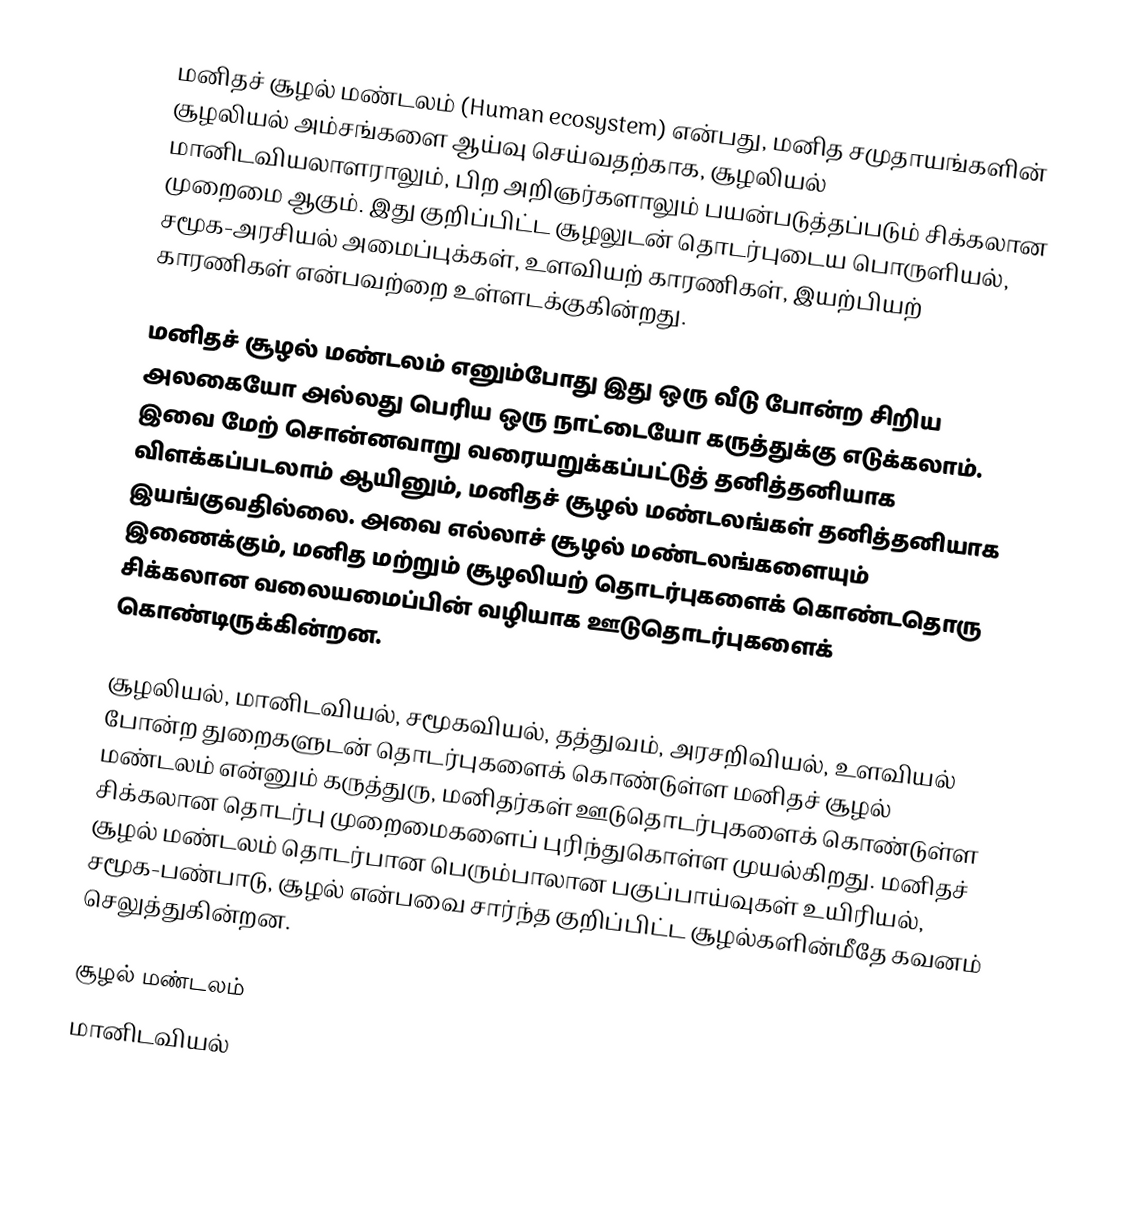
மனிதச் சூழல் மண்டலம் (Human ecosystem) என்பது, மனித சமுதாயங்களின் சூழலியல் அம்சங்களை ஆய்வு செய்வதற்காக, சூழலியல் மானிடவியலாளராலும், பிற அறிஞர்களாலும் பயன்படுத்தப்படும் சிக்கலான முறைமை ஆகும். இது குறிப்பிட்ட சூழலுடன் தொடர்புடைய பொருளியல், சமூக-அரசியல் அமைப்புக்கள், உளவியற் காரணிகள், இயற்பியற் காரணிகள் என்பவற்றை உள்ளடக்குகின்றது.

மனிதச் சூழல் மண்டலம் எனும்போது இது ஒரு வீடு போன்ற சிறிய அலகையோ அல்லது பெரிய ஒரு நாட்டையோ கருத்துக்கு எடுக்கலாம். இவை மேற் சொன்னவாறு வரையறுக்கப்பட்டுத் தனித்தனியாக விளக்கப்படலாம் ஆயினும், மனிதச் சூழல் மண்டலங்கள் தனித்தனியாக இயங்குவதில்லை. அவை எல்லாச் சூழல் மண்டலங்களையும் இணைக்கும், மனித மற்றும் சூழலியற் தொடர்புகளைக் கொண்டதொரு சிக்கலான வலையமைப்பின் வழியாக ஊடுதொடர்புகளைக் கொண்டிருக்கின்றன.

சூழலியல், மானிடவியல், சமூகவியல், தத்துவம், அரசறிவியல், உளவியல் போன்ற துறைகளுடன் தொடர்புகளைக் கொண்டுள்ள மனிதச் சூழல் மண்டலம் என்னும் கருத்துரு, மனிதர்கள் ஊடுதொடர்புகளைக் கொண்டுள்ள சிக்கலான தொடர்பு முறைமைகளைப் புரிந்துகொள்ள முயல்கிறது. மனிதச் சூழல் மண்டலம் தொடர்பான பெரும்பாலான பகுப்பாய்வுகள் உயிரியல், சமூக-பண்பாடு, சூழல் என்பவை சார்ந்த குறிப்பிட்ட சூழல்களின்மீதே கவனம் செலுத்துகின்றன.

சூழல் மண்டலம்
மானிடவியல்